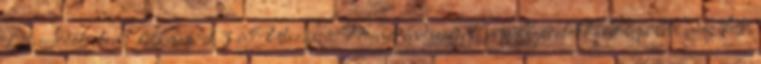
13.Időtartam: 15 nap 13 éjUtazás: Menetrendszerinti repülőjáratokkalRepülési idő: Kb.